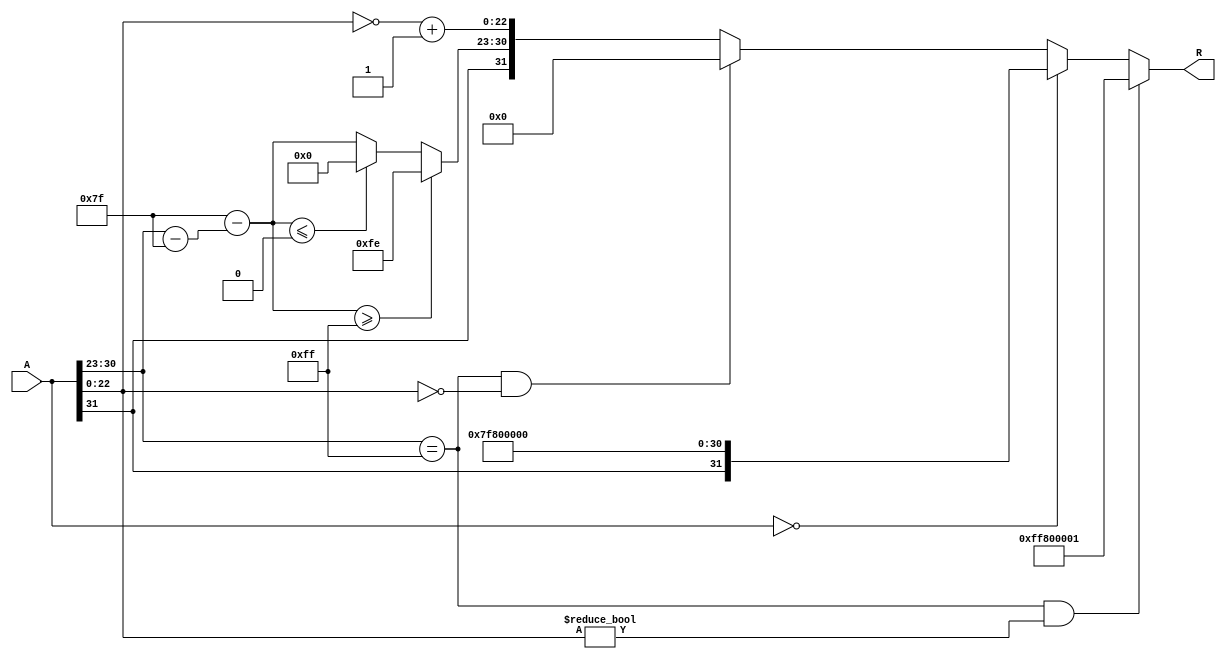
module floating_point_reciprocal (
    input  wire [31:0] A,  // Input: 32-bit IEEE 754 floating-point number
    output reg  [31:0] R   // Output: 32-bit IEEE 754 floating-point reciprocal
);

    // Constants
    localparam BIAS = 8'd127;
    localparam EXPONENT_MAX = 8'd255;
    localparam EXPONENT_MIN = 8'd0;

    // Internal signals
    wire sign_A;
    wire [7:0] exponent_A;
    wire [22:0] mantissa_A;
    wire is_zero;
    wire is_infinity;
    wire is_nan;
    reg [7:0] exponent_R;
    reg [22:0] mantissa_R;
    reg sign_R;

    // Decompose the input A
    assign sign_A = A[31];
    assign exponent_A = A[30:23];
    assign mantissa_A = {1'b1, A[22:0]}; // Add implicit leading 1 for normalized numbers
    assign is_zero = (A == 32'b0);
    assign is_infinity = (exponent_A == EXPONENT_MAX && mantissa_A == 23'b0);
    assign is_nan = (exponent_A == EXPONENT_MAX && mantissa_A != 23'b0);

    always @* begin
        // Default output
        R = 32'b0;

        if (is_nan) begin
            // If A is NaN, output should also be NaN
            R = {1'b1, 8'hFF, 23'b1}; // NaN representation
        end else if (is_zero) begin
            // If A is zero, output should be infinity
            R = {sign_A, 8'hFF, 23'b0}; // Infinity representation
        end else if (is_infinity) begin
            // If A is infinity, output should be zero
            R = {1'b0, 8'b0, 23'b0}; // Zero representation
        end else begin
            // Calculate the sign of the result
            sign_R = sign_A; // Reciprocal retains the sign of the input

            // Calculate the exponent of the reciprocal
            exponent_R = BIAS - (exponent_A - BIAS);
            if (exponent_R >= EXPONENT_MAX) begin
                exponent_R = EXPONENT_MAX - 1; // Handle overflow
            end else if (exponent_R <= EXPONENT_MIN) begin
                exponent_R = EXPONENT_MIN; // Handle underflow
            end
            
            // Calculate the mantissa of the reciprocal
            // Here we can use an iterative method or a simple approximation
            // For simplicity, let's assume we use a simple fast reciprocal approximation
            // This is a placeholder for actual reciprocal calculation
            mantissa_R = ~mantissa_A + 1; // Placeholder: This is not the actual reciprocal calculation

            // Combine the sign, exponent, and mantissa to form the output R
            R = {sign_R, exponent_R, mantissa_R[22:0]};
        end
    end
endmodule